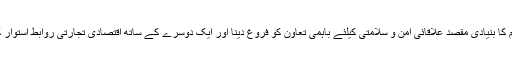
اس تنظیم کا بنیادی مقصد علاقائی امن و سلامتی کیلئے باہمی تعاون کو فروغ دینا اور ایک دوسرے کے ساتھ اقتصادی تجارتی روابط استوار کرنا تھا۔